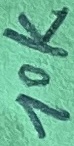
Text: 10K